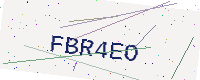
Text: FBR4EO